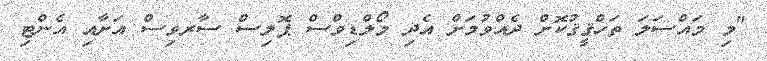
"މި މައްސަލަ ތަހްޤީޤުކޮށް ދެއްވުމަށް އެދި މޯލްޑިވްސް ޕޮލިސް ސާރވިސް އަށާއި އެންޓި